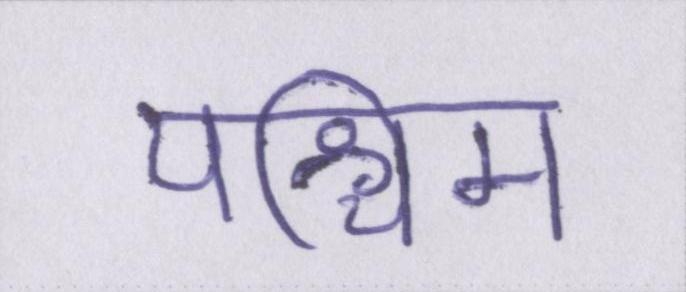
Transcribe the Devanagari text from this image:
पश्चिम